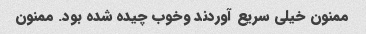
ممنون خیلی سریع آوردند وخوب چیده شده بود. ممنون